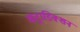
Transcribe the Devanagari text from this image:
कंट्राडिक्शन